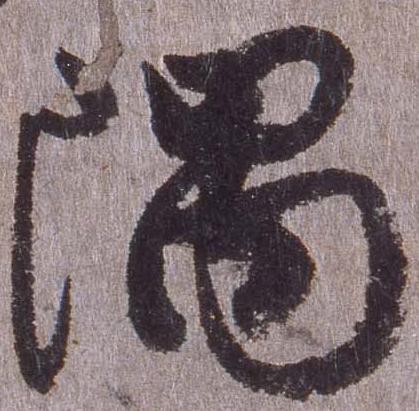
隈